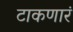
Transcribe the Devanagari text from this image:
टाकणारं